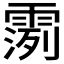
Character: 𫕪